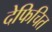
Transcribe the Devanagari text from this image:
देफिचित